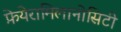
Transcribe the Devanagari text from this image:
फ़ेयेरामिलानोसिटी